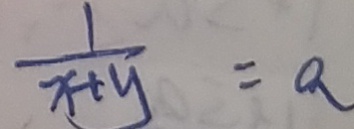
\frac { 1 } { x + y } = a